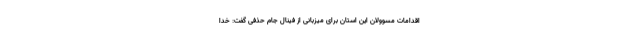
اقدامات مسوولان این استان برای میزبانی از فینال جام حذفی گفت: خدا